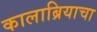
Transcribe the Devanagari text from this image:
कालाब्रियाचा